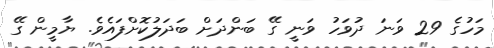
މަހުގެ 29 ވަނަ ދުވަހު ވަނީ ގޭ ބަންދަށް ބަދަލުކޮށްފައެވެ. ޔާމީން ގޭ